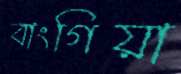
বাংগিয়া